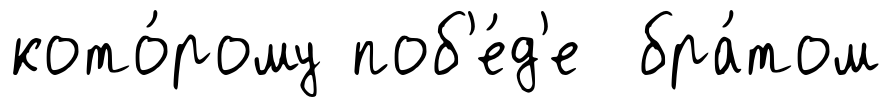
кото́рому поб'е́д'е бра́том